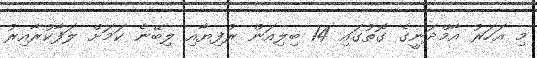
މި އަހަރު އާމްދަނީގެ ގޮތުގައި 14 ބިލިއަން ރުފިޔާއި ލިބޭނެ ކަމަށް ލަފާކުރާއިރު